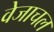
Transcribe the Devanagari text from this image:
वेजाचल